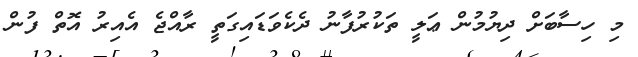
މި ހިސާބަށް ދިޔުމުން ޢަލީ ތަކުރުފާނު ދެކެވަޑައިގަތީ ރާއްޖެ އެއިރު އޮތް ފުން